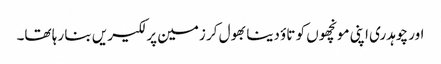
اور چوہدری اپنی مونچھوں کو تاؤ دینا بھول کر زمین پر لکیریں بنا رہا تھا۔